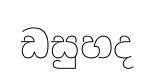
ඩසුහද